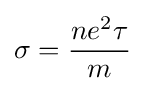
\sigma ={\frac {ne^{2}\tau }{m}}